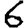
Digit: 6